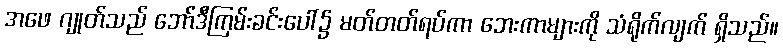
အဖေ ဂျုတ်သည် ဘော်ဒီကြမ်းခင်းပေါ်၌ မတ်တတ်ရပ်ကာ ဘေးကာများကို သံရိုက်လျက် ရှိသည်။